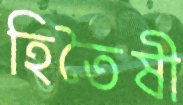
হিতৈষী